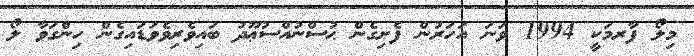
މިލޯ ފާރމަކީ 1994 ވަނަ އަހަރުން ފެށިގެން ޙުސްނުއްސުޢޫދު ބައިވެރިވެވަޑައިގެން ހިންގަވާ ލޯ